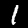
Label: 1